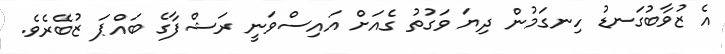
އެ ޒުވާބުގަނޑު ހިނގަމުން ދިޔަ ވަގުތު ގެއަށް އައިސްވަނީ ރަޝްފާގެ ބައްޕަ ޒުބޭރެވެ.